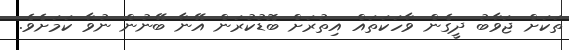
ތަކަށް ޖަވާބު ދީގެން ވާހަކަތައް އިތުރަށް ބޮޑުކުރަން އޭނާ ބޭނުން ނުވާ ކަމަށެވެ.